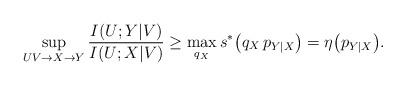
LaTeX: \begin{align*} \sup_{UV\rightarrow X\rightarrow Y}\frac{I(U;Y|V)}{I(U;X|V)} & \ge \max_{q_X}s^*\big(q_X\, p_{Y|X}\big) = \eta\big(p_{Y|X}\big).\end{align*}